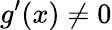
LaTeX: g^{\prime}(x)\neq 0